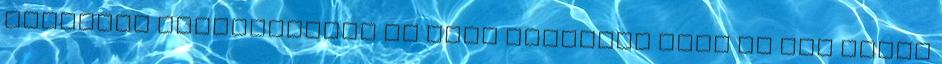
Budapest kerületeiben és Pest megyében este és hét végén